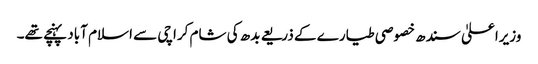
وزیراعلیٰ سندھ خصوصی طیارے کے ذریعے بدھ کی شام کراچی سے اسلام آباد پہنچے تھے۔